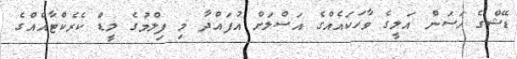
ޑޭޝްގެ ހަސަން އަލީގެ ވާހަކައެއްގެ އަސްލަށް އުފައްދާ މި ފިލްމުގެ ލީޑް ކެރެކްޓާއެއްގެ